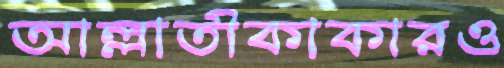
আল্লাতীকাকারও